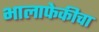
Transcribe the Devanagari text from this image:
भालाफेकीचा